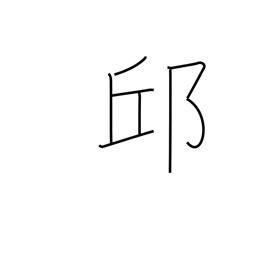
Meaning: hill